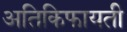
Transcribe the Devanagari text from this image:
अतिकिफायती